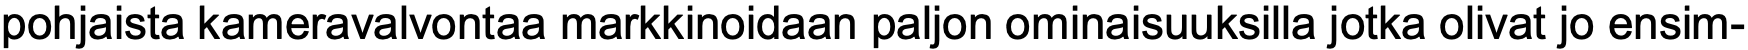
pohjaista kameravalvontaa markkinoidaan paljon ominaisuuksilla jotka olivat jo ensim-